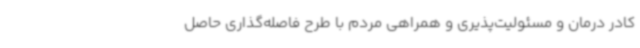
کادر درمان و مسئولیت‌پذیری و همراهی مردم با طرح‌ فاصله‌گذاری حاصل